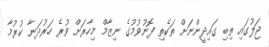
ޖަލުގައި ތިބި ގައިދީންނަށް ތަކެތި ފޮނުވުމުގެ ނިޒާމް މިހާރަށް ވުރެ ހަރުދަނާ ކުރުމާ